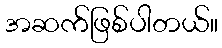
အဆက်ဖြစ်ပါတယ်။